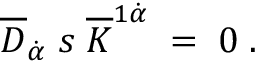
\overline { { { D } } } _ { \dot { \alpha } } \; s \; \overline { { { K } } } ^ { 1 \dot { \alpha } } \; = \; 0 \; .